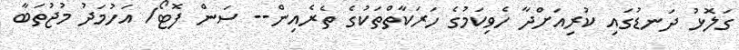
ގަލޮޅު ދަނޑުގައި ކުރިއަށްދާ ހެވިކަމުގެ ހަރަކާތްތަކުގެ ތެރެއިން-- ސަން ފޮޓޯ/ އަހުމަދު މުޖުތަބާ